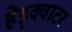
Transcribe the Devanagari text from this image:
हेड्क्वाटर